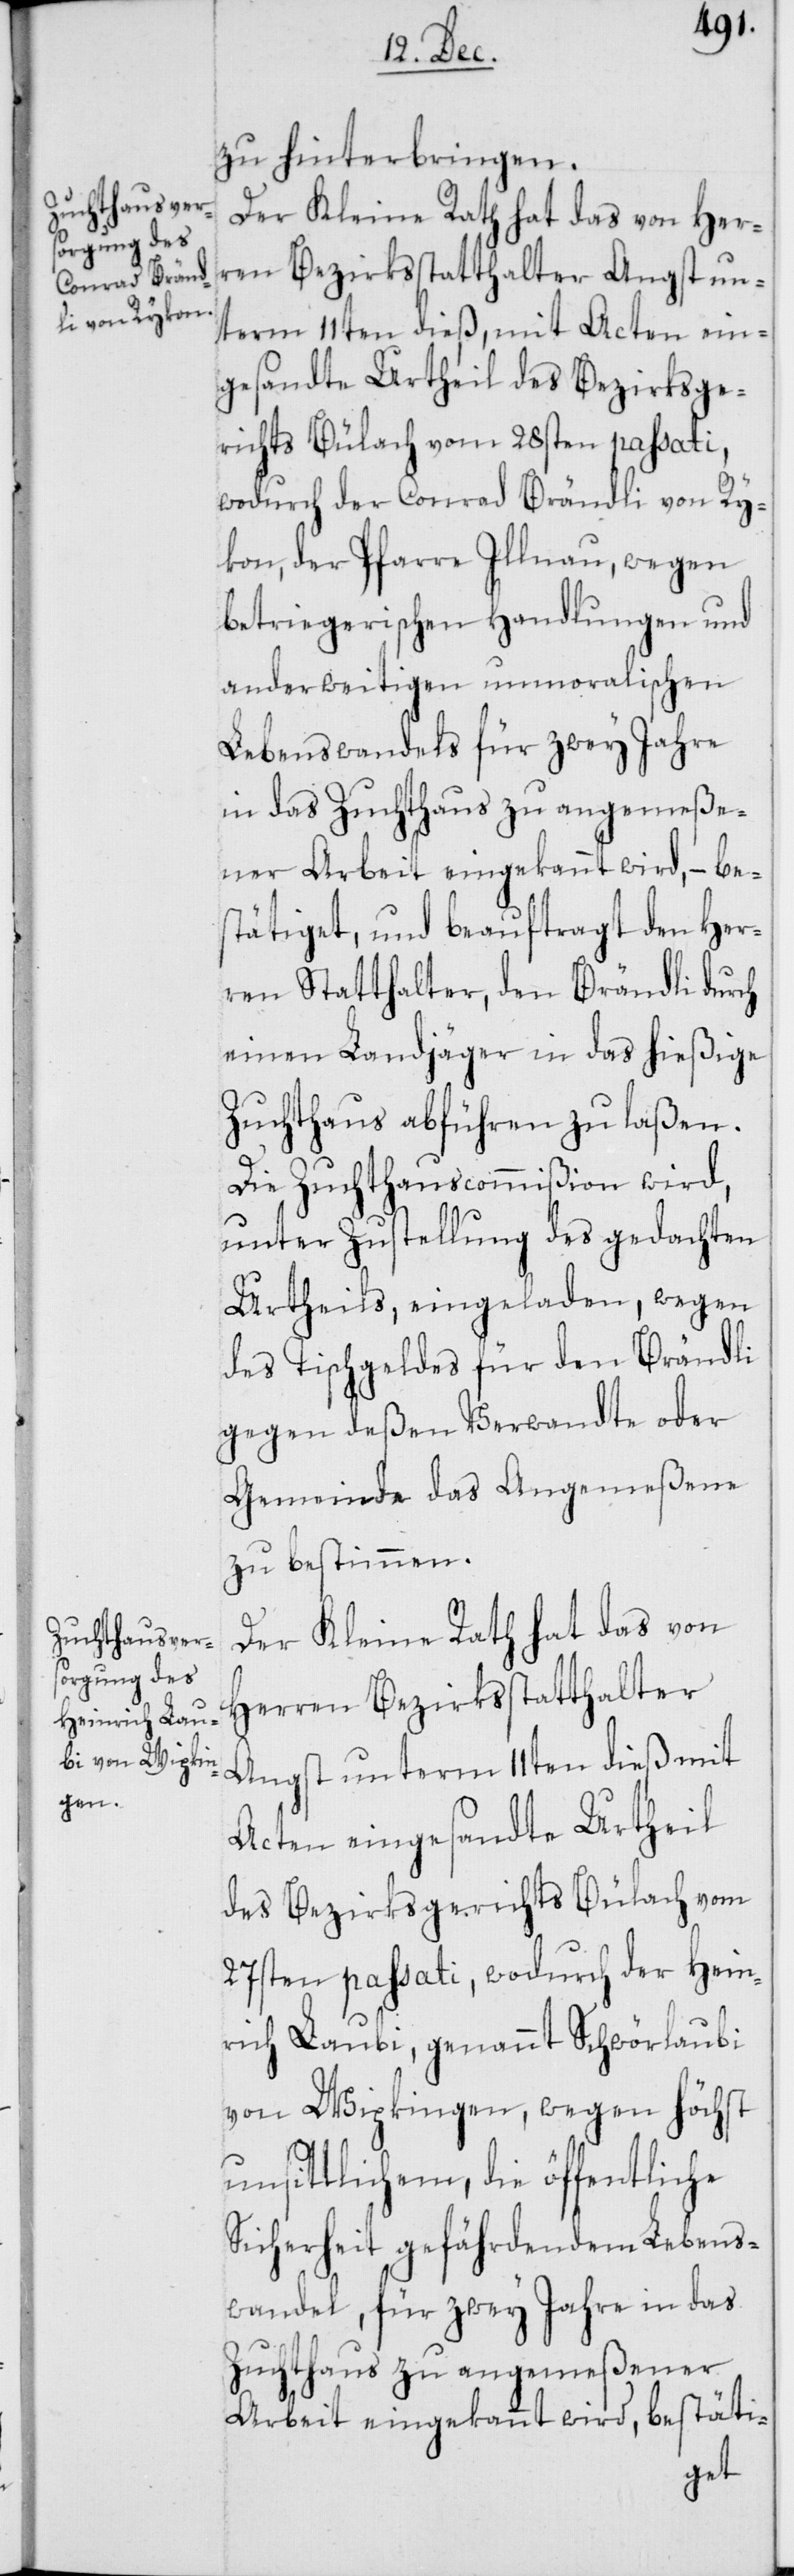
zu hinterbringen.
Der Kleine Rath hat das von Her¬
ren Bezirksstatthalter Angst un¬
term 11ten dieß, mit Acten ein¬
gesandte Urtheil des Bezirksge¬
richts Bülach vom 28sten passati,
wodurch der Conrad Brändli von Ry¬
kon, der Pfarre Illnau, wegen
betriegerischen Handlungen und
anderweitigen unmoralischen
Lebenswandels für zwey Jahre
in das Zuchthaus zu angemeße¬
ner Arbeit eingekannt wird, – bes¬
tätiget, und beauftragt den Her¬
ren Statthalter, den Brändli durch
einen Landjäger in das hießige
Zuchthaus abführen zu laßen.
Die Zuchthauscommißion wird,
unter Zustellung des gedachten
Urtheils, eingeladen, wegen
des Tischgeldes für den Brändli
gegen deßen Verwandte oder
Gemeinde das Angemeßene
zu bestimmen.
Der Kleine Rath hat das von
Herren Bezirksstatthalter
Angst unterm 11ten dieß mit
Acten eingesandte Urtheil
des Bezirksgerichts Bülach vom
27sten passati, wodurch der Hein¬
rich Laubi, genannt Schwörlaubi
von Wipkingen, wegen höchst
unsittlichem, die öffentliche
Sicherheit gefährdendem Lebens¬
wandel, für zwey Jahre in das
Zuchthaus zu angemeßener
Arbeit eingekannt wird, bestäti-